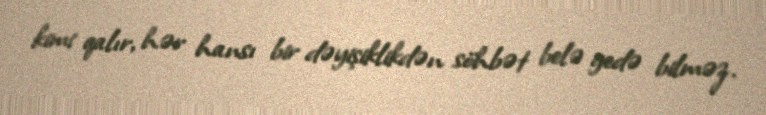
kimi qalır, hər hansı bir dəyişiklikdən söhbət belə gedə bilməz.